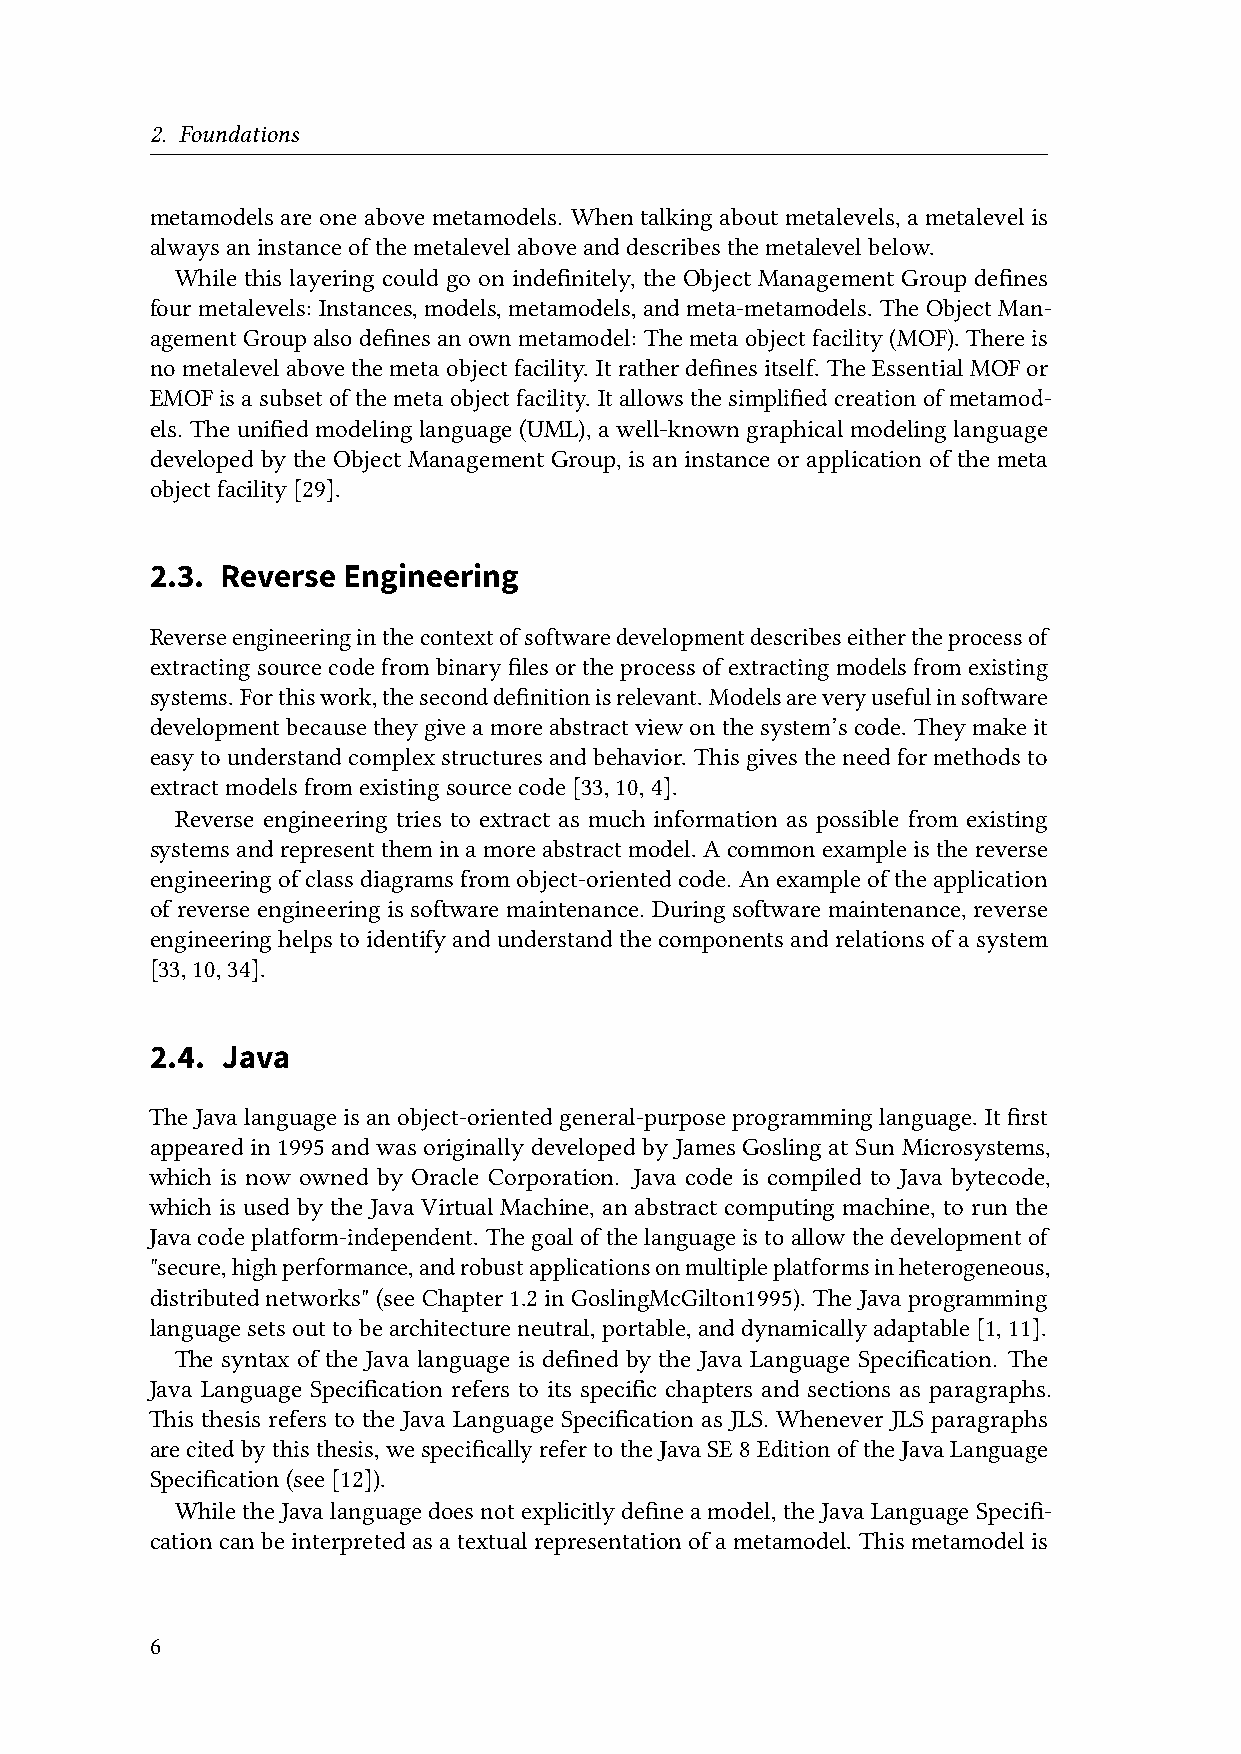
2. Foundations
 metamodels are one above metamodels. When talking about metalevels, a metalevel is
 alwaysaninstanceofthemetalevelaboveanddescribesthemetalevelbelow.
 While this layering could go on indefinitely, the Object Management Group defines
 four metalevels: Instances, models, metamodels, andmeta-metamodels. TheObject Man-
 agementGroupalsodefinesanownmetamodel: Themetaobjectfacility(MOF).Thereis
 nometalevel abovethe metaobject facility. It ratherdefines itself. TheEssential MOFor
 EMOFisasubsetofthemetaobjectfacility. Itallowsthesimplifiedcreationofmetamod-
 els. Theunifiedmodelinglanguage(UML),awell-knowngraphicalmodelinglanguage
 developed by the Object Management Group, is an instance or application of the meta
 objectfacility[29].
 2.3. Reverse Engineering
 Reverseengineeringinthecontextofsoftwaredevelopmentdescribeseithertheprocessof
 extractingsourcecodefrombinaryfilesortheprocessofextractingmodelsfromexisting
 systems. Forthiswork,theseconddefinitionisrelevant. Modelsareveryusefulinsoftware
 developmentbecausetheygiveamoreabstractviewonthesystem’scode. Theymakeit
 easytounderstandcomplexstructuresandbehavior. Thisgivestheneedformethodsto
 extractmodelsfromexistingsourcecode[33,10,4].
 Reverse engineering tries to extract as much information as possible from existing
 systems andrepresent themin amore abstract model. Acommon exampleis the reverse
 engineeringofclassdiagramsfromobject-orientedcode. Anexampleoftheapplication
 ofreverseengineeringissoftwaremaintenance. Duringsoftwaremaintenance,reverse
 engineeringhelpstoidentifyandunderstandthecomponentsandrelationsofasystem
 [33,10,34].
 2.4. Java
 The Javalanguage is an object-oriented general-purpose programming language. It first
 appeared in 1995 and was originally developed by James Gosling at Sun Microsystems,
 which is now owned by Oracle Corporation. Java code is compiled to Java bytecode,
 which is used by the Java Virtual Machine, an abstract computing machine, to run the
 Java code platform-independent. The goal of the language is toallow the development of
 "secure,highperformance,androbustapplicationsonmultipleplatformsinheterogeneous,
 distributednetworks"(seeChapter1.2inGoslingMcGilton1995). TheJavaprogramming
 languagesetsouttobearchitectureneutral,portable,anddynamicallyadaptable[1,11].
 The syntax of the Java language is defined by the Java Language Specification. The
 Java Language Specification refers to its specific chapters and sections as paragraphs.
 This thesis refers to the Java Language Specification as JLS. Whenever JLS paragraphs
 arecitedbythisthesis,wespecificallyrefertotheJavaSE8EditionoftheJavaLanguage
 Specification(see[12]).
 While theJava languagedoes notexplicitly definea model, theJava LanguageSpecifi-
 cationcanbeinterpretedasatextualrepresentationofametamodel. Thismetamodelis
 6